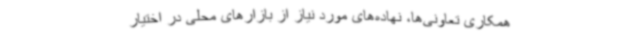
همکاری تعاونی‌ها، نهاده‌های مورد نیاز از بازارهای محلی در اختیار